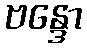
ဗန္ဒော